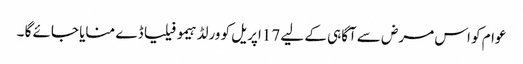
عوام کو اس مرض سے آگاہی کے لیے 17اپریل کو ورلڈ ہیمو فیلیا ڈے منایا جائے گا ۔